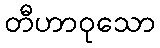
တီဟာဝုသော